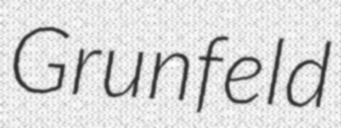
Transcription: Grunfeld